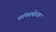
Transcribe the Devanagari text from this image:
सॉफ्टवेरला